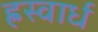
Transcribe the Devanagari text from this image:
ह्रस्वार्ध